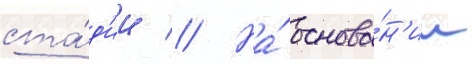
ста́д'ии // На́ основа́н'ии